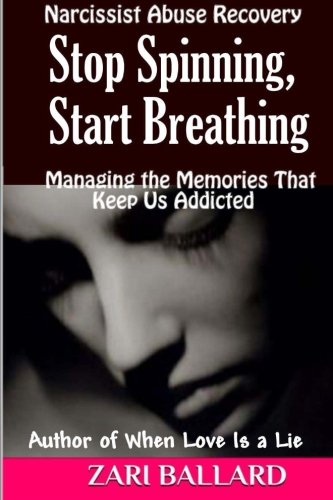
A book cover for Stop Spinning, Start Breathing: Narcissist Abuse Recovery (Managing the Memories That Keep Us Addicted); Zari L Ballard; Medical Books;